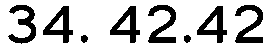
34. 42.42